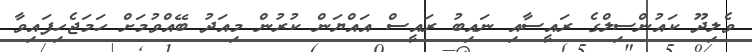
ވެލިދޫ ކައުންސިލްގެ ރައީސާއި ނައިބު ރައީސް އައްޔަން ކުރުން މިއަދު ބޭއްވުމަށް ހަމަޖެހިފައިވާ